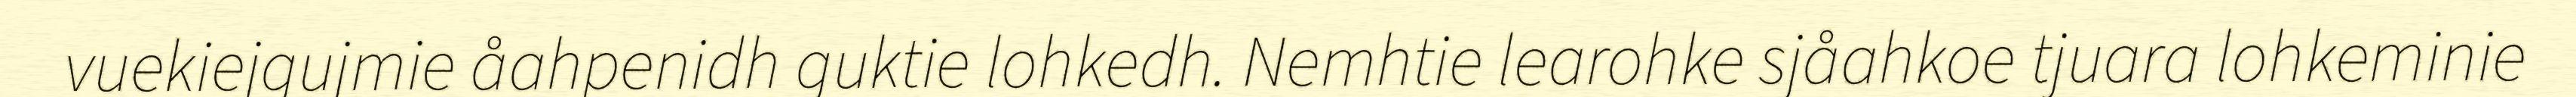
vuekiejgujmie åahpenidh guktie lohkedh. Nemhtie learohke sjåahkoe tjuara lohkeminie